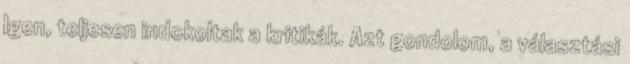
Igen, teljesen indokoltak a kritikák. Azt gondolom, a választási